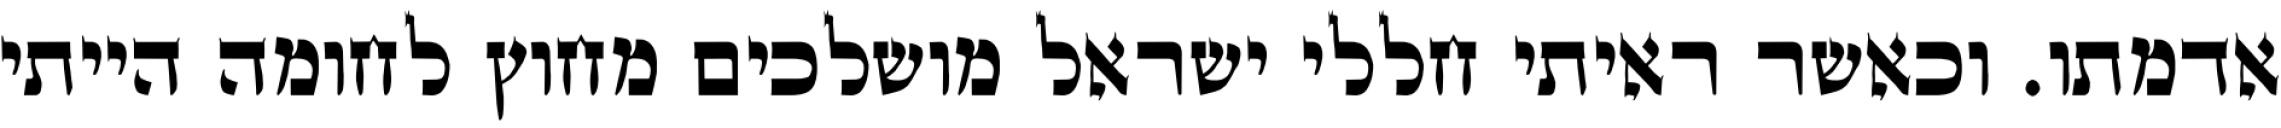
אדמתו. וכאשר ראיתי חללי ישראל מושלכים מחוץ לחומה הייתי